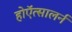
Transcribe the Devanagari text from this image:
होऍत्सालर्न